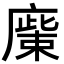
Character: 𢊳